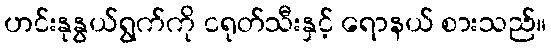
ဟင်းနုနွယ်ရွက်ကို ငရုတ်သီးနှင့် ရောနယ် စားသည်။